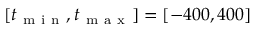
[ t _ { \mathrm { ~ m ~ i ~ n ~ } } , t _ { \mathrm { ~ m ~ a ~ x ~ } } ] = [ - 4 0 0 , 4 0 0 ]